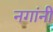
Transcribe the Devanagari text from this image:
नगांनी